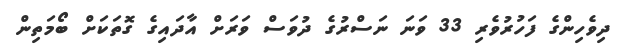
ދިވެހިންގެ ފަހުރުވެރި 33 ވަނަ ނަސްރުގެ ދުވަސް ވަރަށް އާދައިގެ ގޮތަކަށް ބޯމަތިން